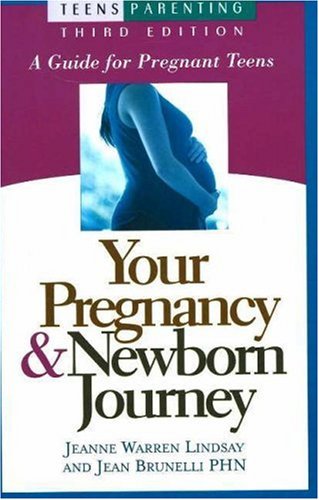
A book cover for Your Pregnancy & Newborn Journey: A Guide for Pregnant Teens (Teen Pregnancy and Parenting series); Jeanne Warren Lindsay; Health, Fitness & Dieting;